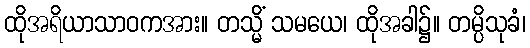
ထိုအရိယာသာဝကအား။ တသ္မိံ သမယေ၊ ထိုအခါ၌။ တမ္ပိသုခံ၊